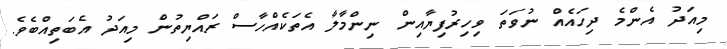
މިއަދު އެންމެ ދިހައެއް ނުވަތަ ވިހިރުފިޔާއިން ނިންމާލާ އެތަކެއްހާސް ރައްޔިތުން މިއަދު އެބަތިއްބެވެ.